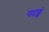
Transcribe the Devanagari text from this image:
वाङ्गं